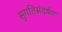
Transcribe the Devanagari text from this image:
सुगतिसंदर्षण